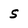
Character: S